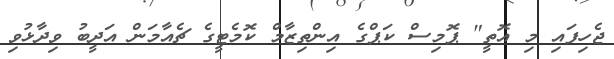
ޖެހިފައި މި އޮތީ" ޕޮމިސް ކަޕްގެ އިންތިޒާމް ކޮމެޓީގެ ޗެއާމަން އަދީބު ވިދާޅުވި